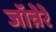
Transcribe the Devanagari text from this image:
जॉन्नेरे